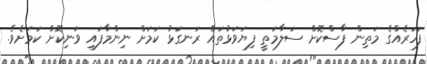
ފަހަރެއްގެ މަތިން ފާސްކޮށް ސަލާމަތީ ފިޔަވަޅުތައް ރަނގަޅު ކަމަށް ނިންމާފައި ވަނިކޮށް ކަމަށެވެ.